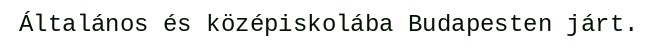
Általános és középiskolába Budapesten járt.